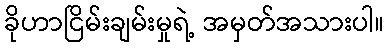
ခိုဟာငြိမ်းချမ်းမှုရဲ့ အမှတ်အသားပါ။